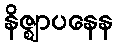
နိဇ္ဈာပနေန